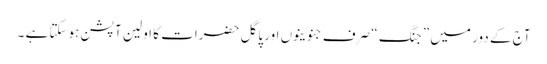
آج کے دور میں ” جنگ “ صرف جنوینوں اور پاگل حضرات کا اولین آپشن ہوسکتا ہے ۔